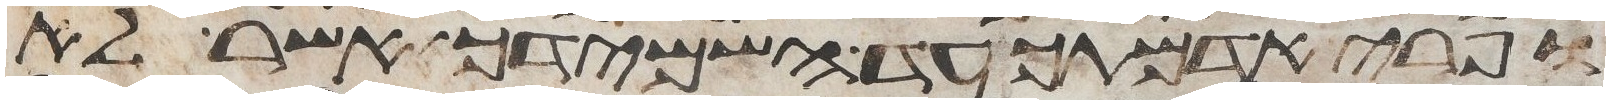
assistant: ופרי אדמתך עד השמידך אשר לא